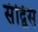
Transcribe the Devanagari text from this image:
संद्विस